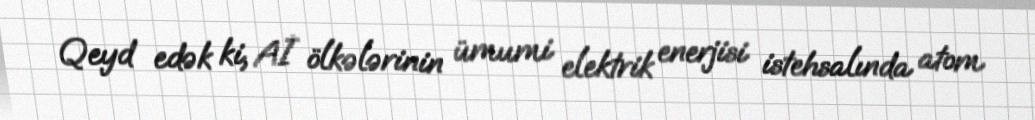
Qeyd edək ki, Aİ ölkələrinin ümumi elektrik enerjisi istehsalında atom